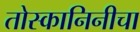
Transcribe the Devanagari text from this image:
तोस्कानिनीचा